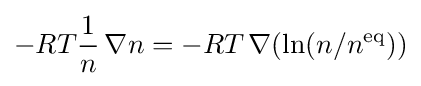
-RT{\frac {1}{n}}\,\nabla n=-RT\,\nabla (\ln(n/n^{\text{eq}}))